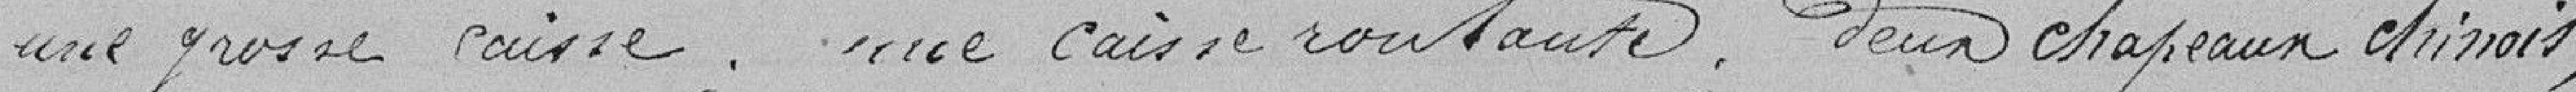
une grosse caisse, une caisse roulante, deux chapeaux chinois